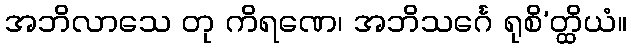
အဘိလာသေ တု ကိရဏေ၊ အဘိသင်္ဂေ ရုစိ’တ္ထိယံ။